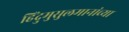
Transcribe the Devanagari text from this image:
हिंदुमुसुलमानांच्या